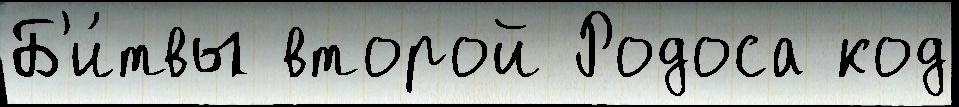
Б'и́твы второй Родоса код